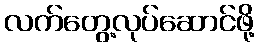
လက်တွေ့လုပ်ဆောင်ဖို့